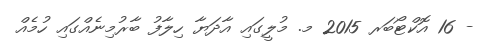
- 16 އޮކްޓޯބަރ 2015 މ. މުލީގައި އާދަޔާ ހިލާފު ބާރުމިނެއްގައި ހުމެއް